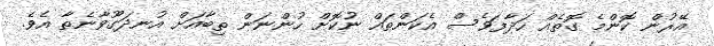
އޭރުން ކޮންމެ ގޮތެއް ހަދާފަވެސް އެކަންތައް ނުކޮށް ހުންނަން ތިބާއަށް އުނދަގޫވާނެތާ އެވެ.